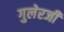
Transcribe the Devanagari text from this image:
गुलेरजी